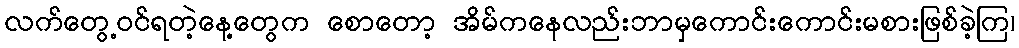
လက်တွေ့ဝင်ရတဲ့နေ့တွေက စောတော့ အိမ်ကနေလည်းဘာမှကောင်းကောင်းမစားဖြစ်ခဲ့ကြ၊